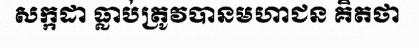
សក្កដា ធ្លាប់ត្រូវបានមហាជន គិតថា